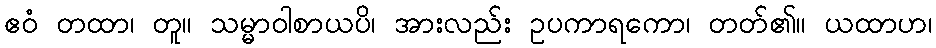
ဧဝံ တထာ၊ တူ။ သမ္မာဝါစာယပိ၊ အားလည်း ဥပကာရကော၊ တတ်၏။ ယထာဟ၊